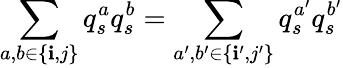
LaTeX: \sum_{a,b\in\{ \mathbf{i},j\} }q_{s}^{a}q_{s}^{b}=\sum_{a^{\prime},b^{\prime}\in\{ \mathbf{i}^{\prime},j^{\prime}\} }q_{s}^{a^{\prime}}q_{s}^{b^{\prime}}